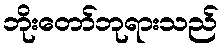
ဘိုးတော်ဘုရားသည်